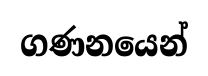
ගණනයෙන්